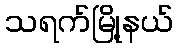
သရက်မြို့နယ်